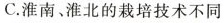
C.淮南、淮北的栽培技术不同